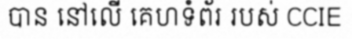
បាន នៅលើ គេហទំព័រ របស់ CCIE